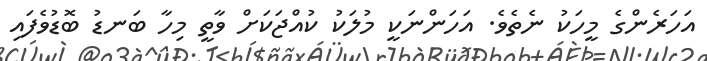
އަހަރެންގެ މީހަކު ނެތެވެ. އަހަންނަކީ މުލަކު ކުއްޖަކަށް ވާތީ މިހާ ބަނޑު ބޮޑުވެފައި